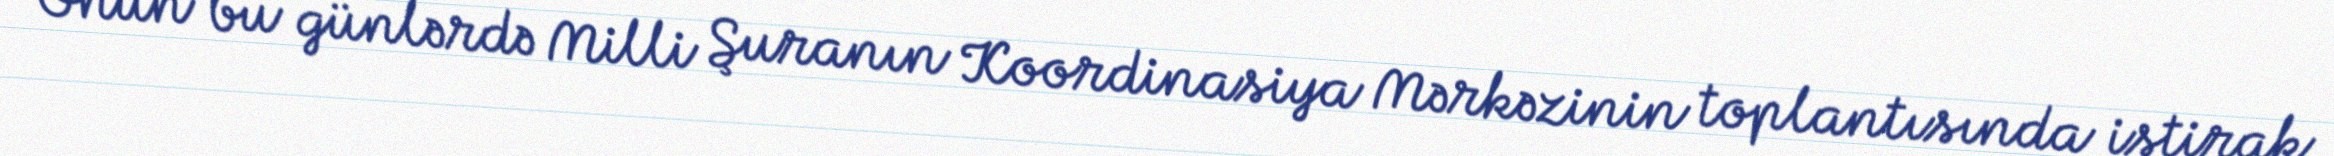
Onun bu günlərdə Milli Şuranın Koordinasiya Mərkəzinin toplantısında iştirak